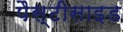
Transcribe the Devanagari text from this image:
पैस्टीसाइड